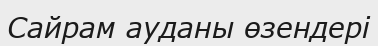
Сайрам ауданы өзендері